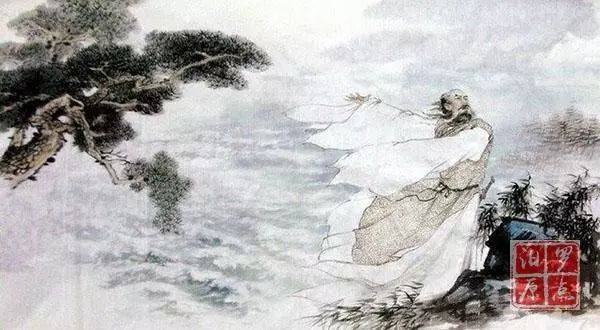
寿酒还尝药，晨餐不荐鱼。